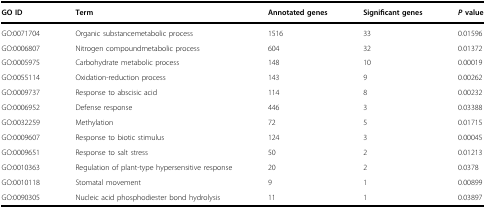
| GO ID | Term | Annotated genes | Significant genes | P value |
 | --- | --- | --- | --- | --- |
 | GO:0071704 | Organic substancemetabolic process | 1516 | 33 | 0.01596 |
 | GO:0006807 | Nitrogen compoundmetabolic process | 604 | 32 | 0.01372 |
 | GO:0005975 | Carbohydrate metabolic process | 148 | 10 | 0.00019 |
 | GO:0055114 | Oxidation-reduction process | 143 | 9 | 0.00262 |
 | GO:0009737 | Response to abscisic acid | 114 | 8 | 0.00232 |
 | GO:0006952 | Defense response | 446 | 3 | 0.03388 |
 | GO:0032259 | Methylation | 72 | 5 | 0.01715 |
 | GO:0009607 | Response to biotic stimulus | 124 | 3 | 0.00045 |
 | GO:0009651 | Response to salt stress | 50 | 2 | 0.01213 |
 | GO:0010363 | Regulation of plant-type hypersensitive response | 20 | 2 | 0.0378 |
 | GO:0010118 | Stomatal movement | 9 | 1 | 0.00899 |
 | GO:0090305 | Nucleic acid phosphodiester bond hydrolysis | 11 | 1 | 0.03897 |